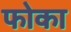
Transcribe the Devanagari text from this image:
फोका